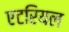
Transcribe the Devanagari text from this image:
एटरियल